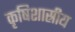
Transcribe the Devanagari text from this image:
कृषिशास्रीय